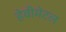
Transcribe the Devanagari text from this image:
हेवीमेटल